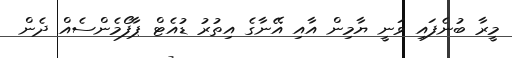
މީރާ ބުނެފައި ވަނީ ޔާމިން އާއި އޭނާގެ އިތުރު ޑުއެޓް ޕާފޯމެންސެއް ދެން